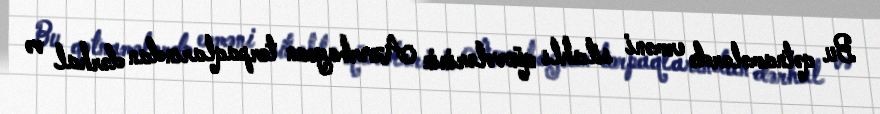
Bu qətnamələrdə erməni silahlı qüvvələrinin Azərbaycan torpaqlarından dərhal və